Medical and sanitary report of the native army of Bengal for the year
Year: 1876
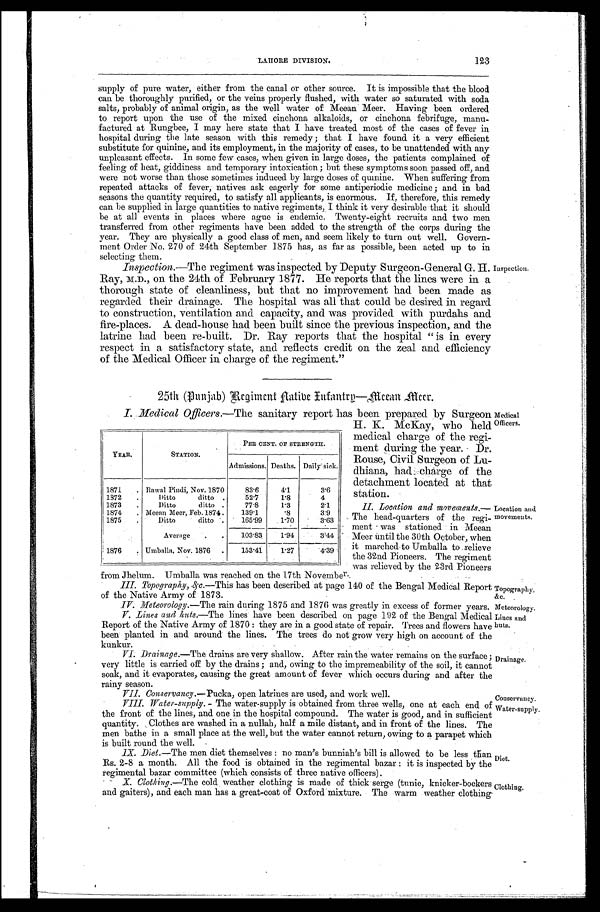
Topography,
&c.
Meteorology.
Lines and
huts.
Diet.
Clothing.
Cons e r va nc y.
Water-supply.
LAHORE DIVISION.
123
supply of pure water, either from the canal or other source. It is impossible that the blood
can be thoroughly purified, or the veins properly flushed, with water so saturated with soda
salts, probably of animal origin, as the well water of Meean Meer. Having been ordered
to report upon the use of the mixed cinchona alkaloids, or cinchona febrifuge, manu
- f a c t u r e d a t R u n g b e e , I m a y h e r e s t a t e t h a t I h a v e t r e a t e d m o s t o f t h e c a s e s o f f e v e r i n
hospital during the late season with this remedy; that I have found it a very efficient
substitute for quinine, and its employment, in the majority of cases, to be unattended with any
unpleasant effects. In some few cases, when given in large doses, the patients complained of
feeling of heat, giddiness and temporary intoxication; but these symptoms soon passed off, and
were not worse than those sometimes induced by large doses of quinine. When suffering from
repeated attacks of fever, natives ask eagerly for some antiperiodic medicine; and in bad
seasons the quantity required, to satisfy all applicants, is enormous. If, therefore, this remedy
can be supplied in large quantities to native regiments, I think it very desirable that it should
be at all events in places where ague is endemic. Twenty-eight recruits and two men
transferred from other regiments have been added to the strength of the corps during the
year. They are physically a good class of men, and seem likely to turn out well. Govern
-ment Order No. 270 of 24th September 1875 has, as far as possible, been acted up to in
selecting them.
Inspection. —The regiment was inspected by Deputy Surgeon-General G. H.
Ray, M.D., on the 24th of February 1877. He reports that the lines were in a
thorough state of cleanliness, but that no improvement had been made as
regarded their drainage. The hospital was all that could be desired in regard
to construction, ventilation and capacity, and was provided with purdahs and
fire-places. A dead-house had been built since the previous inspection, and the
latrine had been re-built. Dr. Ray reports that the hospital "is in every
respect in a satisfactory state, and reflects credit on the zeal and efficiency
of the Medical Officer in charge of the regiment."
Inspection.
25th (Punjab) Regiment Native Infantry—Meean Meer.
I. Medical Officers. —The sanitary report has been prepared by Surgeon Medical
Officers.
YEAR.
STATION.
PER CENT. OF STRENGTH.
Admissions. Deaths. Daily sick.
1871
Rawal Pindi, Nov. 1870
83.6
4.1
3. 6
1872
Ditto ditto
52.7
1. 8
4
1873
Ditto ditto
77.8
1.3
2.1
1874
Meean Meer, Feb. 1874.
139.1
.8
3.9
1875
Ditto ditto
165.99
1.70
3.63
Average
103.83
1.94
3.44
1876
Umballa, Nov. 1876
153. 41
1.27
4. 39
H. K. McKay, who held
medical charge of the regi
-ment during the year. Dr.
Rouse, Civil Surgeon of Lu
-dhiana, had charge of the
detachment located at that
station.
II. Location and movements.—
The head-quarters of the regi
-ment was stationed in Meean
Meer until the 30th October, when
it marched to Umballa to relieve
the 32nd Pioneers. The regiment
was relieved by the 23rd Pioneers
Location and
movements.
from Jhelum. Umballa was reached on the 17th November.
III. Topography, &c .—This has been described at page 140 of the Bengal Medical Report
of the Native Army of 1873.
IV. Meteorology.—The rain during 1875 and 1876 was greatly in excess of former years.
V. Lines and huts.—The lines have been described on page 192 of the Bengal Medical
Report of the Native Army of 1870: they are in a good state of repair. Trees and flowers have
been planted in and around the lines. The trees do not grow very high on account of the
kunkur.
VI. Drainage. —The drains are very shallow. After rain the water remains on the surface;
very little is carried off by the drains; and, owing to the impremeability of the soil, it cannot
soak, and it evaporates, causing the great amount of fever which occurs during and after the
rainy season.
VII. Conservancy. —Pucka, open latrines are used, and work well.
VIII. Water-supply.—The water-supply is obtained from three wells, one at each end of
the front of the lines, and one in the hospital compound. The water is good, and in sufficient
q u a n t i t y . C l o t h e s a r e w a s h e d i n a n u l l a h , h a l f a m i l e d i s t a n t , a n d i n f r o n t o f t h e l i n e s . T h e
men bathe in a small place at the well, but the water cannot return, owing to a parapet which
is built round the well.
IX. Diet.—The men diet themselves: no man's bunniah's bill is allowed to be less than
Rs. 2-8 a month. All the food is obtained in the regimental bazar: it is inspected by the
regimental bazar committee (which consists of three native officers).
X. Clothing.—The cold weather clothing is made of thick serge (tunic, knicker-bockers
and gaiters), and each man has a great-coat of Oxford mixture. The warm weather clothing
Drainage.